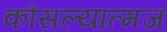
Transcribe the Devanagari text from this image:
कौसल्यात्मज